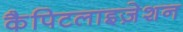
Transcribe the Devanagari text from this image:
कैपिटलाइज़ेशन